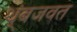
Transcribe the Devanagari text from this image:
थ्ंबजवत